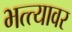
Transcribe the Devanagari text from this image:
भत्त्यावर